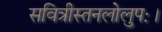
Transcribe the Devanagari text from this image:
सवित्रीस्तनलोलुपः।